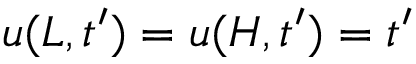
u ( L , t ^ { \prime } ) = u ( H , t ^ { \prime } ) = t ^ { \prime }